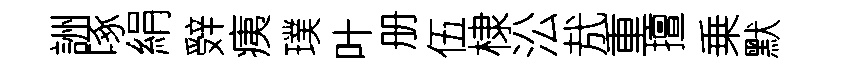
詶啄絹辤痍璞叶册伍棣㳂㢤重擅乗默